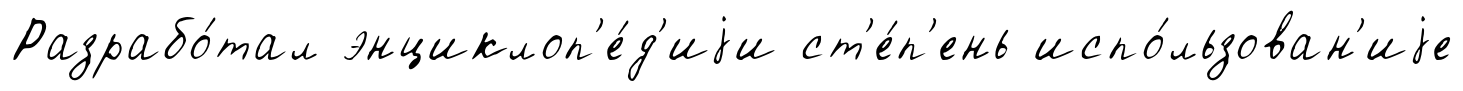
Разрабо́тал энциклоп'е́д'иjи ст'е́п'ень испо́льзован'иjе